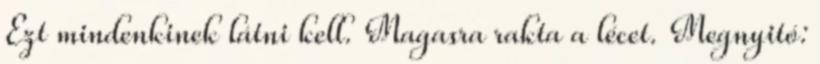
Ezt mindenkinek látni kell. Magasra rakta a lécet. Megnyitó: